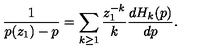
\frac { 1 } { p ( z _ { 1 } ) - p } = \sum _ { k \geq 1 } \frac { z _ { 1 } ^ { - k } } { k } \frac { d H _ { k } ( p ) } { d p } .